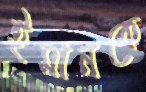
ইমানকে